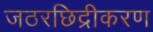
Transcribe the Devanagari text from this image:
जठरछिद्रीकरण